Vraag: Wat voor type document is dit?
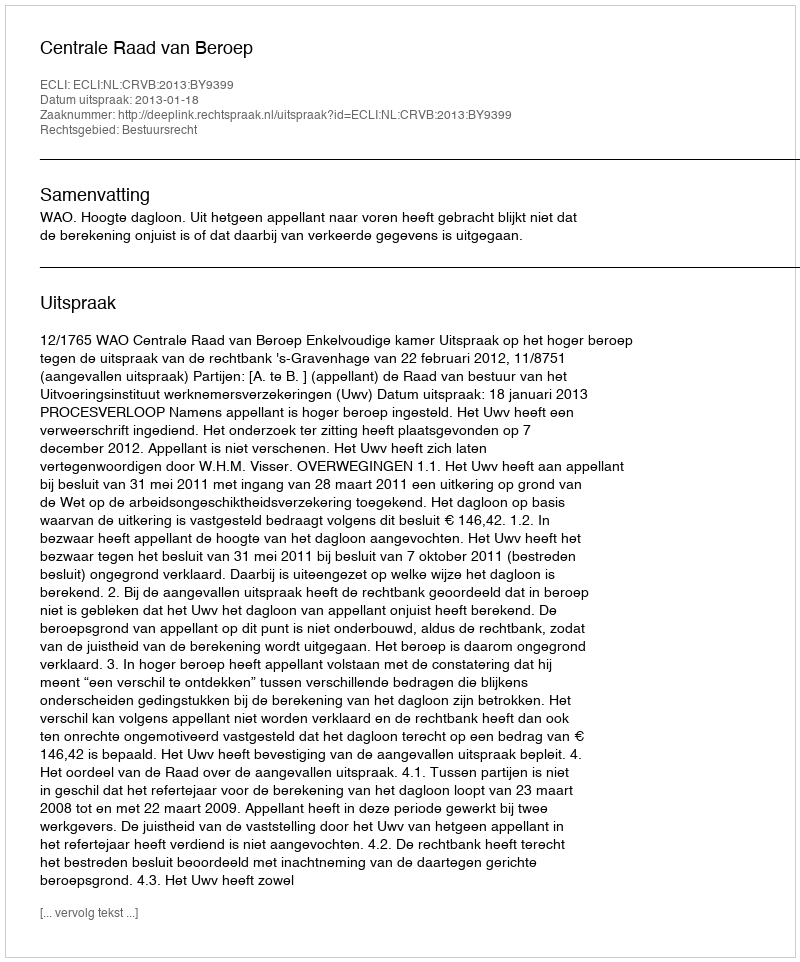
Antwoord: Uitspraak